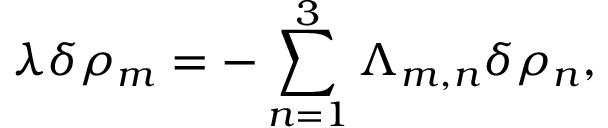
\lambda \delta \rho _ { m } = - \sum _ { n = 1 } ^ { 3 } \Lambda _ { m , n } \delta \rho _ { n } ,